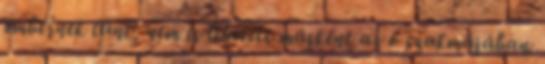
embernek tűnt, nem is lehetett másként az ő szakmájában.